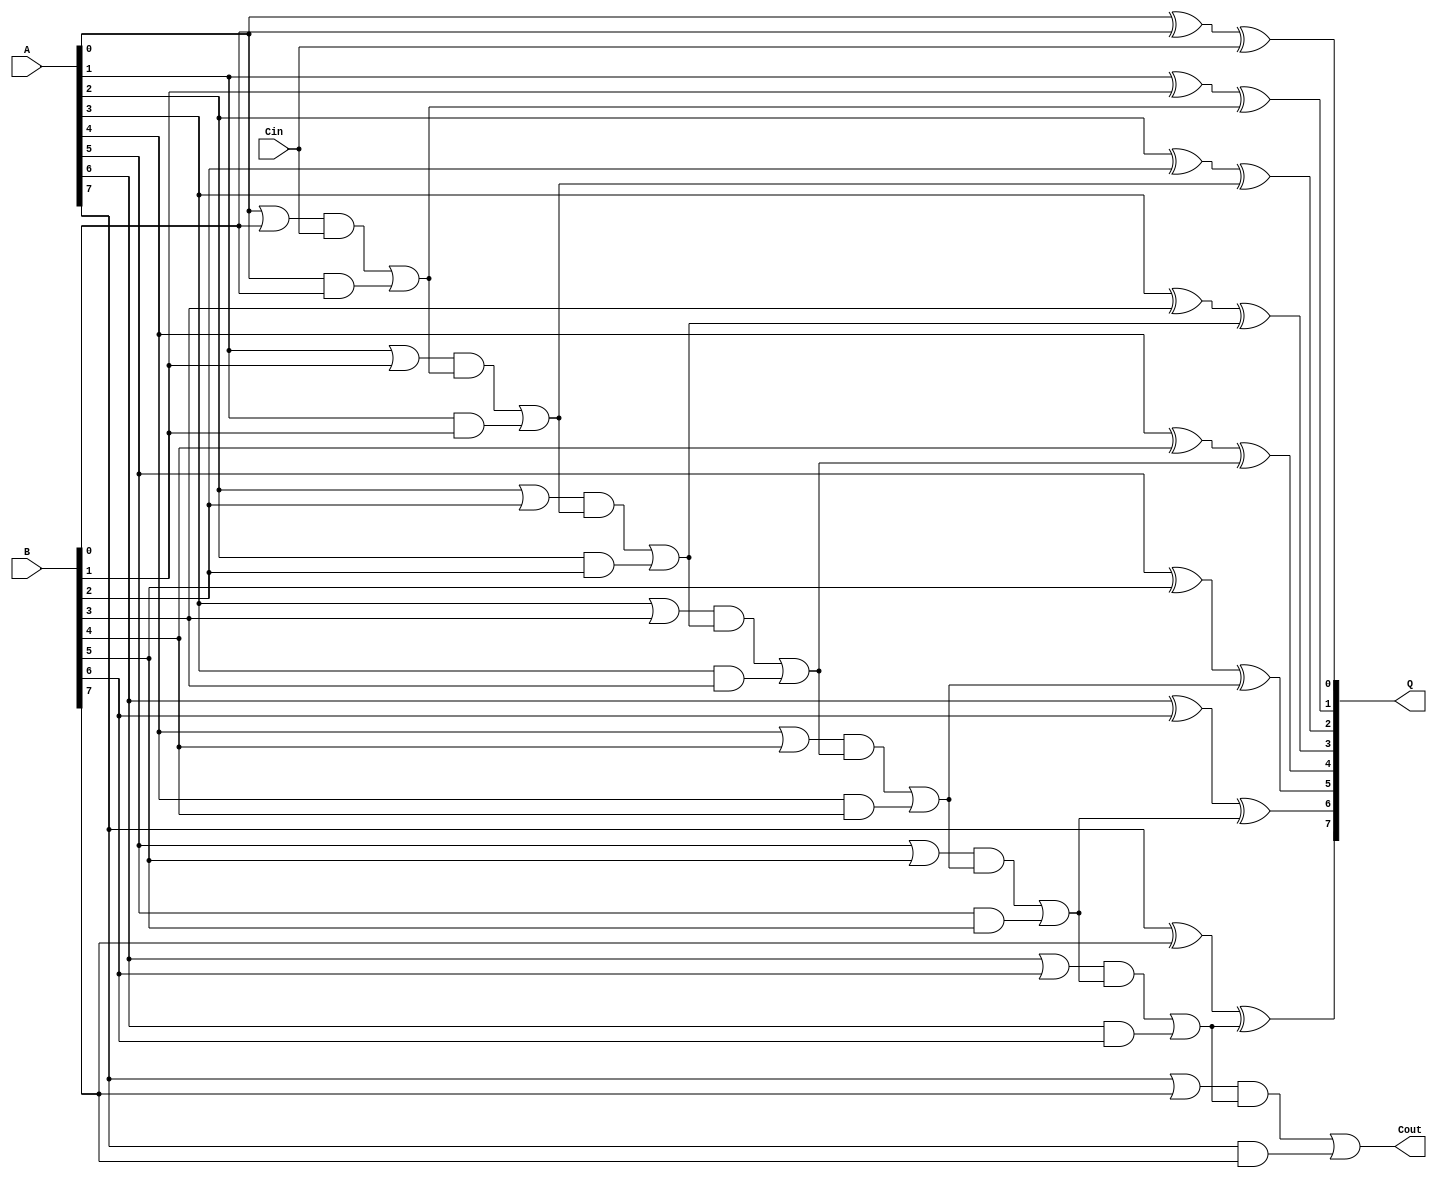
module add8
(
	input[7:0] A,B,
	input Cin,
	output[7:0] Q,
	output Cout
);
	wire c[6:0];
	
	assign Q[0] = A[0] ^ B[0] ^ Cin;
	assign c[0] = ((A[0] | B[0]) & Cin) | (A[0] & B[0]); 
	
	assign Q[1] = A[1] ^ B[1] ^ c[0];
	assign c[1] = ((A[1] | B[1]) & c[0]) | (A[1] & B[1]); 
	
	assign Q[2] = A[2] ^ B[2] ^ c[1];
	assign c[2] = ((A[2] | B[2]) & c[1]) | (A[2] & B[2]); 
	
	assign Q[3] = A[3] ^ B[3] ^ c[2];
	assign c[3] = ((A[3] | B[3]) & c[2]) | (A[3] & B[3]); 
	
	assign Q[4] = A[4] ^ B[4] ^ c[3];
	assign c[4] = ((A[4] | B[4]) & c[3]) | (A[4] & B[4]); 
	
	assign Q[5] = A[5] ^ B[5] ^ c[4];
	assign c[5] = ((A[5] | B[5]) & c[4]) | (A[5] & B[5]); 
	
	assign Q[6] = A[6] ^ B[6] ^ c[5];
	assign c[6] = ((A[6] | B[6]) & c[5]) | (A[6] & B[6]); 
	
	assign Q[7] = A[7] ^ B[7] ^ c[6];
	assign Cout = ((A[7] | B[7]) & c[6]) | (A[7] & B[7]); 
	
endmodule

module add16
(
	input[15:0] A,B,
	input Cin,
	output[15:0] Q,
	output Cout
);
	wire c[14:0];
	
	assign Q[0] = A[0] ^ B[0] ^ Cin;
	assign c[0] = ((A[0] | B[0]) & Cin) | (A[0] & B[0]); 
	
	assign Q[1] = A[1] ^ B[1] ^ c[0];
	assign c[1] = ((A[1] | B[1]) & c[0]) | (A[1] & B[1]); 
	
	assign Q[2] = A[2] ^ B[2] ^ c[1];
	assign c[2] = ((A[2] | B[2]) & c[1]) | (A[2] & B[2]); 
	
	assign Q[3] = A[3] ^ B[3] ^ c[2];
	assign c[3] = ((A[3] | B[3]) & c[2]) | (A[3] & B[3]); 
	
	assign Q[4] = A[4] ^ B[4] ^ c[3];
	assign c[4] = ((A[4] | B[4]) & c[3]) | (A[4] & B[4]); 
	
	assign Q[5] = A[5] ^ B[5] ^ c[4];
	assign c[5] = ((A[5] | B[5]) & c[4]) | (A[5] & B[5]); 
	
	assign Q[6] = A[6] ^ B[6] ^ c[5];
	assign c[6] = ((A[6] | B[6]) & c[5]) | (A[6] & B[6]); 
	
	assign Q[7] = A[7] ^ B[7] ^ c[6];
	assign c[7] = ((A[7] | B[7]) & c[6]) | (A[7] & B[7]); 
	
	assign Q[8] = A[8] ^ B[8] ^ c[7];
	assign c[8] = ((A[8] | B[8]) & c[7]) | (A[8] & B[8]); 
	
	assign Q[9] = A[9] ^ B[9] ^ c[8];
	assign c[9] = ((A[9] | B[9]) & c[8]) | (A[9] & B[9]); 
	
	assign Q[10] = A[10] ^ B[10] ^ c[9];
	assign c[10] = ((A[10] | B[10]) & c[9]) | (A[10] & B[10]); 
	
	assign Q[11] = A[11] ^ B[11] ^ c[10];
	assign c[11] = ((A[11] | B[11]) & c[10]) | (A[11] & B[11]); 
	
	assign Q[12] = A[12] ^ B[12] ^ c[11];
	assign c[12] = ((A[12] | B[12]) & c[11]) | (A[12] & B[12]); 
	
	assign Q[13] = A[13] ^ B[13] ^ c[12];
	assign c[13] = ((A[13] | B[13]) & c[12]) | (A[13] & B[13]); 
	
	assign Q[14] = A[14] ^ B[14] ^ c[13];
	assign c[14] = ((A[14] | B[14]) & c[13]) | (A[14] & B[14]); 
	
	assign Q[15] = A[15] ^ B[15] ^ c[14];
	assign Cout = ((A[15] | B[15]) & c[14]) | (A[15] & B[15]);
	
	/*wire [16:0] tmp = {1'd0,A} + {1'd0,B} + Cin;
	
	assign Q = tmp[15:0];
	assign Cout = tmp[16];*/
	
endmodule

module inc4(input[3:0] a, input b, output reg[3:0] q, output reg c);

	wire [3:0] tmp,ci;
	
	assign tmp[0] = ~a[0]; 
	assign ci[0] = a[0];
	
	assign tmp[1] = a[0] ^ a[1];
	assign ci[1] = a[1] & a[0];
	
	assign tmp[2] = a[0] & a[1] ^ a[2];
	assign ci[2] = a[0] & a[1] & a[2];
	
	assign tmp[3] = a[0] & a[1] & a[2] ^ a[3];
	assign ci[3] = a[0] & a[1] & a[2] & a[3];

	always@(a or b)
	begin
		if(b)
			{q,c} = {tmp,ci[3]};
		else
			{q,c} = {a,1'd0};
	end

endmodule

module inc8(input[7:0] a, input b, output reg[7:0] q, output reg c);

	wire [7:0] tmp,ci;
	
	assign tmp[0] = ~a[0]; 
	assign ci[0] = a[0];
	
	assign tmp[1] = a[1] ^ ci[0]; 
	assign ci[1] = a[1] & ci[0];
	
	assign tmp[2] = a[2] ^ ci[1]; 
	assign ci[2] = a[2] & ci[1];
	
	assign tmp[3] = a[3] ^ ci[2]; 
	assign ci[3] = a[3] & ci[2];
	
	assign tmp[4] = a[4] ^ ci[3]; 
	assign ci[4] = a[4] & ci[3];
	
	assign tmp[5] = a[5] ^ ci[4]; 
	assign ci[5] = a[5] & ci[4];
	
	assign tmp[6] = a[6] ^ ci[5]; 
	assign ci[6] = a[6] & ci[5];
	
	assign tmp[7] = a[7] ^ ci[6]; 
	assign ci[7] = a[7] & ci[6];
	
	/*assign tmp[1] = a[0] ^ a[1];
	assign ci[1] = a[1] & a[0];
	
	assign tmp[2] = a[0] & a[1] ^ a[2];
	assign ci[2] = a[0] & a[1] & a[2];
	
	assign tmp[3] = a[0] & a[1] & a[2] ^ a[3];
	assign ci[3] = a[0] & a[1] & a[2] & a[3];
	
	assign tmp[4] = a[0] & a[1] & a[2] & a[3] ^ a[4];
	assign ci[4] = a[0] & a[1] & a[2] & a[3] & a[4];
	
	assign tmp[5] = a[0] & a[1] & a[2] & a[3] & a[4] ^ a[5];
	assign ci[5] = a[0] & a[1] & a[2] & a[3] & a[4] & a[5];
	
	assign tmp[6] = a[0] & a[1] & a[2] & a[3] & a[4] & a[5] ^ a[6];
	assign ci[6] = a[0] & a[1] & a[2] & a[3] & a[4] & a[5] & a[6];
	
	assign tmp[7] = a[0] & a[1] & a[2] & a[3] & a[4] & a[5] & a[6] ^ a[7];
	assign ci[7] = a[0] & a[1] & a[2] & a[3] & a[4] & a[5] & a[6] & a[7];*/

	always@(a or b or tmp or ci)
	begin
		if(b)
			{q,c} = {tmp,ci[7]};
		else
			{q,c} = {a,1'd0};
	end

endmodule


module inc16(input[15:0] a, input b, output [15:0] q, output c);

	wire c0;
	
	inc8 i0(a[7:0],b,q[7:0],c0);
	inc8 i1(a[15:8],c0,q[15:8],c);

endmodule